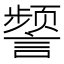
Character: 𫍐